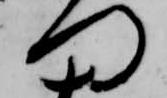
門